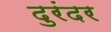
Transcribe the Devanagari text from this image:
दुरंदर